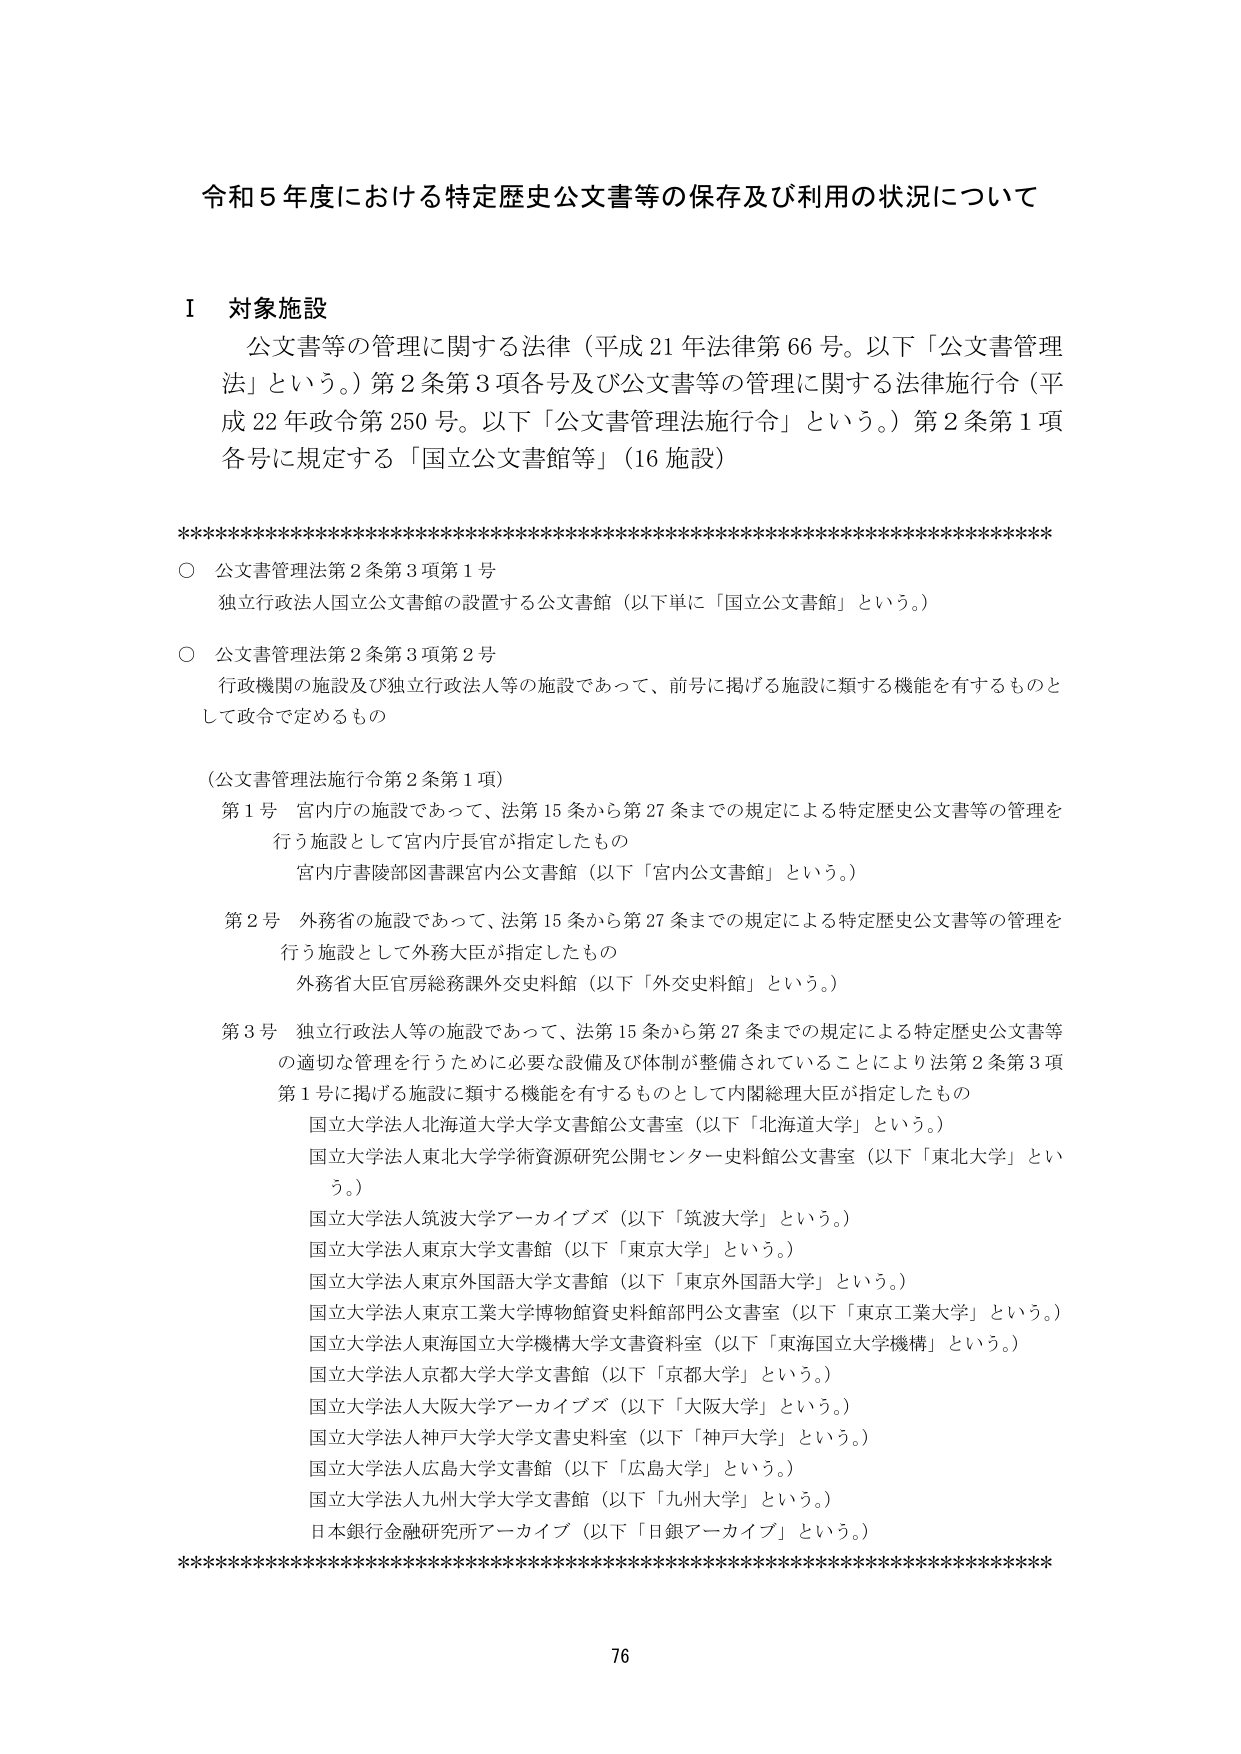
令和５年度における特定歴史公文書等の保存及び利用の状況について

Ⅰ 対象施設
　公文書等の管理に関する法律（平成21年法律第66号。以下「公文書管理法」という。）第2条第3項各号及び公文書等の管理に関する法律施行令（平成22年政令第250号。以下「公文書管理法施行令」という。）第2条第1項各号に規定する「国立公文書館等」（16施設）

**********************************************************************
○ 公文書管理法第2条第3項第1号
　独立行政法人国立公文書館の設置する公文書館（以下単に「国立公文書館」という。）

○ 公文書管理法第2条第3項第2号
　行政機関の施設及び独立行政法人等の施設であって、前号に掲げる施設に類する機能を有するものとして政令で定めるもの

（公文書管理法施行令第2条第1項）
　第1号　宮内庁の施設であって、法第15条から第27条までの規定による特定歴史公文書等の管理を行う施設として宮内庁長官が指定したもの
　　　　　宮内庁書陵部図書課宮内公文書館（以下「宮内公文書館」という。）

　第2号　外務省の施設であって、法第15条から第27条までの規定による特定歴史公文書等の管理を行う施設として外務大臣が指定したもの
　　　　　外務省大臣官房総務課外交史料館（以下「外交史料館」という。）

　第3号　独立行政法人等の施設であって、法第15条から第27条までの規定による特定歴史公文書等の適切な管理を行うために必要な設備及び体制が整備されていることにより法第2条第3項第1号に掲げる施設に類する機能を有するものとして内閣総理大臣が指定したもの
　　　　　国立大学法人北海道大学大学文書館公文書室（以下「北海道大学」という。）
　　　　　国立大学法人東北大学学術資源研究公開センター史料館公文書室（以下「東北大学」という。）
　　　　　国立大学法人筑波大学アーカイブズ（以下「筑波大学」という。）
　　　　　国立大学法人東京大学文書館（以下「東京大学」という。）
　　　　　国立大学法人東京外国語大学文書館（以下「東京外国語大学」という。）
　　　　　国立大学法人東京工業大学博物館資料館部門公文書室（以下「東京工業大学」という。）
　　　　　国立大学法人東海国立大学機構大学文書資料室（以下「東海国立大学機構」という。）
　　　　　国立大学法人京都大学大学文書館（以下「京都大学」という。）
　　　　　国立大学法人大阪大学アーカイブズ（以下「大阪大学」という。）
　　　　　国立大学法人神戸大学大学文書史料室（以下「神戸大学」という。）
　　　　　国立大学法人広島大学文書館（以下「広島大学」という。）
　　　　　国立大学法人九州大学大学文書館（以下「九州大学」という。）
　　　　　日本銀行金融研究所アーカイブ（以下「日銀アーカイブ」という。）

**********************************************************************
76